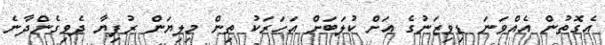
އެގޮތުން އެއްވަނަ ޑިވިޒަނުގެ އަށް ކުލަބަށް އަހަރަކު ތިން މިލިޔަން ރުފިޔާ ދެވިގެންދާނެ